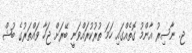
ޖ. ނާސިރު އާންމު ގޮތެއްގައި ހަމަ ތުރުކުރައްވަނީ ބޭރަށް ޖަހާ ވައްތަރުގެ ބުޝް